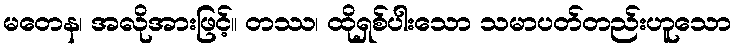
မတေန၊ အလိုအားဖြင့်။ တဿ၊ ထိုရှစ်ပါးသော သမာပတ်တည်းဟူသော